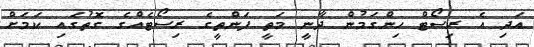
އަދި އެ ރިސޯޓް ހިންގަމުން ދާނީ މަތީ ފަންތީގެ ރިސޯޓެއްގެ ގޮތުގައި ކަމަށް